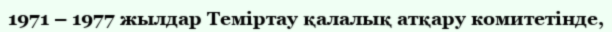
1971 – 1977 жылдар Теміртау қалалық атқару комитетінде,